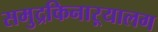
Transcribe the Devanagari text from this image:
समुद्रकिनाऱ्यालग